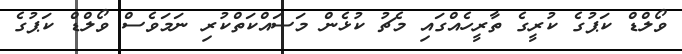
ވޯލްޑް ކަޕުގެ ކުރީގެ ތާރީހެއްގައި މެޗު ކުޅެން މަސައްކަތްކުރި ނަމަވެސް ވޯލްޑް ކަޕުގެ